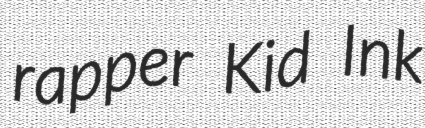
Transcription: rapper Kid Ink